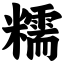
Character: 糯